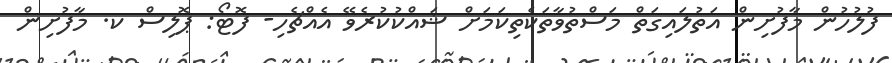
ފުލުހުން މާފުށިން އަތުލައިގަތް މަސްތުވާތަކެތިކަމަށް ޝައްކުކުރެވޭ އެއްޗެހި- ފޮޓޯ: ޕޮލިސް ކ. މާފުށިން